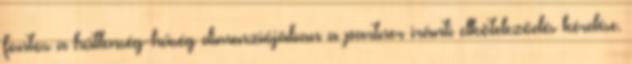
fontos a hűtlenség-hűség dimenziójában a partner iránti elköteleződés kérdése.